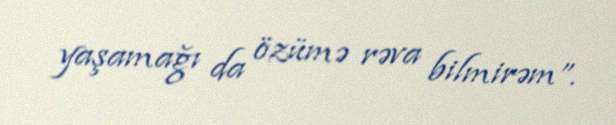
yaşamağı da özümə rəva bilmirəm”.